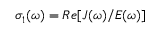
\begin{array} { r } { \sigma _ { 1 } ( \omega ) = { R e } [ J ( \omega ) / E ( \omega ) ] } \end{array}